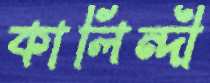
কালিন্দী